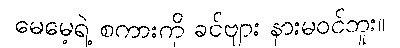
မေမေ့ရဲ့ စကားကို ခင်ဗျား နားမဝင်ဘူး။